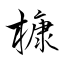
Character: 槺